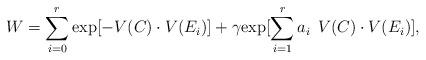
LaTeX: \begin{align*}W= \sum_{i=0}^{r} \hbox{exp} [-V(C)\cdot V(E_i)] + \gamma \hbox{exp} [ \sum_{i=1}^{r} a_i \: \: V(C) \cdot V(E_i) ],\end{align*}